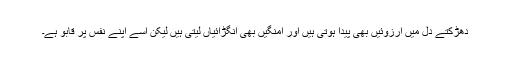
دھڑکتے دل میں آرزوئیں بھی پیدا ہوتی ہیں اور اُمنگیں بھی انگڑائیاں لیتی ہیں لیکن اُسے اپنے نفس پر قابو ہے۔